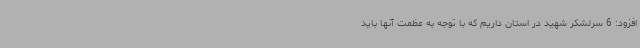
افزود: 6 سرلشکر شهید در استان داریم که با توجه به عظمت آنها باید